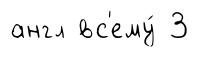
англ вс'ему́ 3